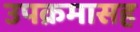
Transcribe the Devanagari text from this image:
उपक्रमासह